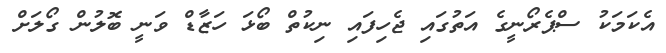
އެކަމަކު ސްޕެރޯނީގެ އަތުގައި ޖެހިފައި ނިކުތް ބޯޅަ ހަޒާޑް ވަނީ ބޮލުން ގޯލަށް